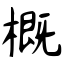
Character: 概